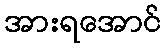
အားရအောင်